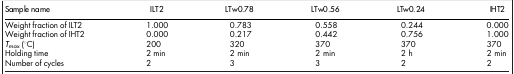
<table><thead><tr><td><b>Sample name</b></td><td><b>ILT2</b></td><td><b>LTw0.78</b></td><td><b>LTw0.56</b></td><td><b>LTw0.24</b></td><td><b>IHT2</b></td></tr></thead><tbody><tr><td>Weight fraction of ILT2</td><td>1.000</td><td>0.783</td><td>0.558</td><td>0.244</td><td>0.000</td></tr><tr><td>Weight fraction of IHT2</td><td>0.000</td><td>0.217</td><td>0.442</td><td>0.756</td><td>1.000</td></tr><tr><td><i>T<sub>max</sub></i> (°C)</td><td>200</td><td>320</td><td>370</td><td>370</td><td>370</td></tr><tr><td>Holding time</td><td>2 min</td><td>2 min</td><td>2 min</td><td>2 h</td><td>2 min</td></tr><tr><td>Number of cycles</td><td>2</td><td>3</td><td>3</td><td>2</td><td>2</td></tr></tbody></table>